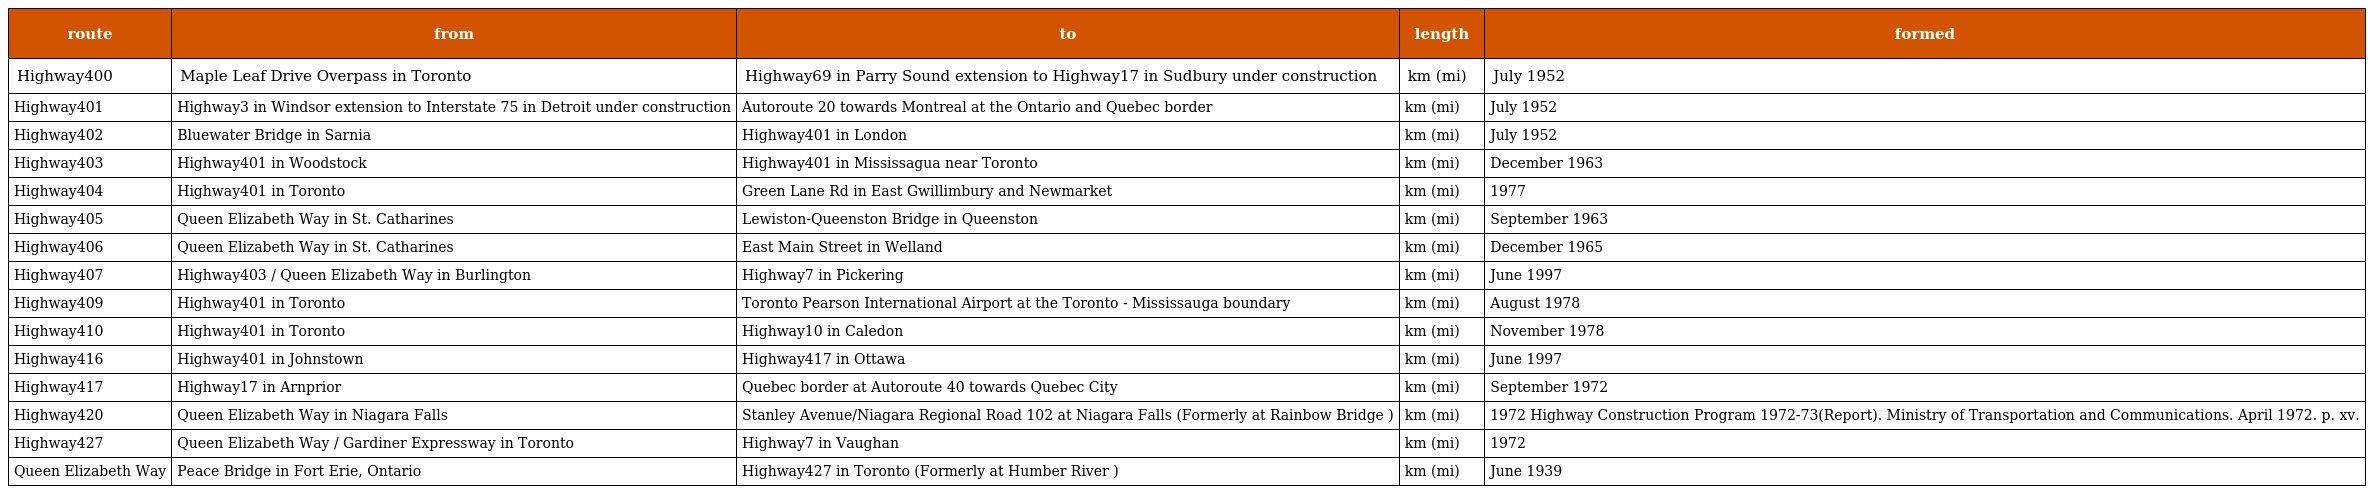
| route | from | to | length | formed |
 | --- | --- | --- | --- | --- |
 | Highway400 | Maple Leaf Drive Overpass in Toronto | Highway69 in Parry Sound extension to Highway17 in Sudbury under construction | km (mi) | July 1952 |
 | Highway401 | Highway3 in Windsor extension to Interstate 75 in Detroit under construction | Autoroute 20 towards Montreal at the Ontario and Quebec border | km (mi) | July 1952 |
 | Highway402 | Bluewater Bridge in Sarnia | Highway401 in London | km (mi) | July 1952 |
 | Highway403 | Highway401 in Woodstock | Highway401 in Mississagua near Toronto | km (mi) | December 1963 |
 | Highway404 | Highway401 in Toronto | Green Lane Rd in East Gwillimbury and Newmarket | km (mi) | 1977 |
 | Highway405 | Queen Elizabeth Way in St. Catharines | Lewiston-Queenston Bridge in Queenston | km (mi) | September 1963 |
 | Highway406 | Queen Elizabeth Way in St. Catharines | East Main Street in Welland | km (mi) | December 1965 |
 | Highway407 | Highway403 / Queen Elizabeth Way in Burlington | Highway7 in Pickering | km (mi) | June 1997 |
 | Highway409 | Highway401 in Toronto | Toronto Pearson International Airport at the Toronto - Mississauga boundary | km (mi) | August 1978 |
 | Highway410 | Highway401 in Toronto | Highway10 in Caledon | km (mi) | November 1978 |
 | Highway416 | Highway401 in Johnstown | Highway417 in Ottawa | km (mi) | June 1997 |
 | Highway417 | Highway17 in Arnprior | Quebec border at Autoroute 40 towards Quebec City | km (mi) | September 1972 |
 | Highway420 | Queen Elizabeth Way in Niagara Falls | Stanley Avenue/Niagara Regional Road 102 at Niagara Falls (Formerly at Rainbow Bridge ) | km (mi) | 1972 ﻿Highway Construction Program 1972-73﻿(Report). Ministry of Transportation and Communications. April 1972. p. xv. |
 | Highway427 | Queen Elizabeth Way / Gardiner Expressway in Toronto | Highway7 in Vaughan | km (mi) | 1972 |
 | Queen Elizabeth Way | Peace Bridge in Fort Erie, Ontario | Highway427 in Toronto (Formerly at Humber River ) | km (mi) | June 1939 |